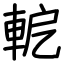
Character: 軶